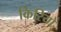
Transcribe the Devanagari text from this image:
किरियो